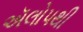
ઍલોપથી